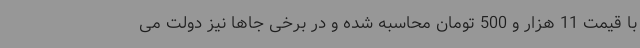
با قیمت 11 هزار و 500 تومان محاسبه شده و در برخی جاها نیز دولت می